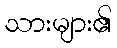
သားများ၏